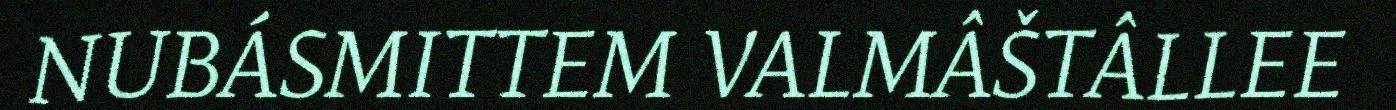
NUBÁSMITTEM VALMÂŠTÂLLEE